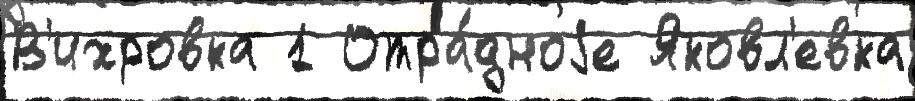
В'ихровка 1 Отра́дноjе Яковл'евка